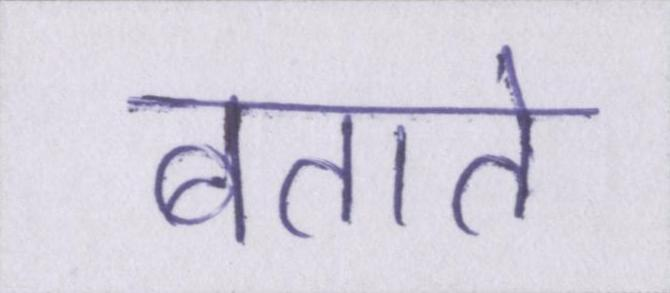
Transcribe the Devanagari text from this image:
बताते